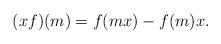
LaTeX: \begin{align*} (xf)(m)=f(mx)-f(m)x. \end{align*}